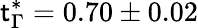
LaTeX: \mathsf{t}_{\Gamma}^{*}=0.70\pm0.02